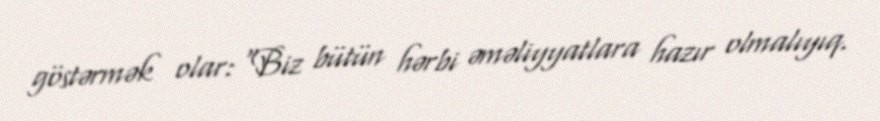
göstərmək olar: “Biz bütün hərbi əməliyyatlara hazır olmalıyıq.